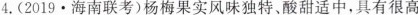
4.(2019·海南联考)杨梅果实风味独特、酸甜适中，具有很高